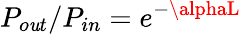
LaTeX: P_{o\mathit{u}t}/P_{in}=e^{-\alphaL}